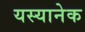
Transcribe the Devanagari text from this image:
यस्यानेक